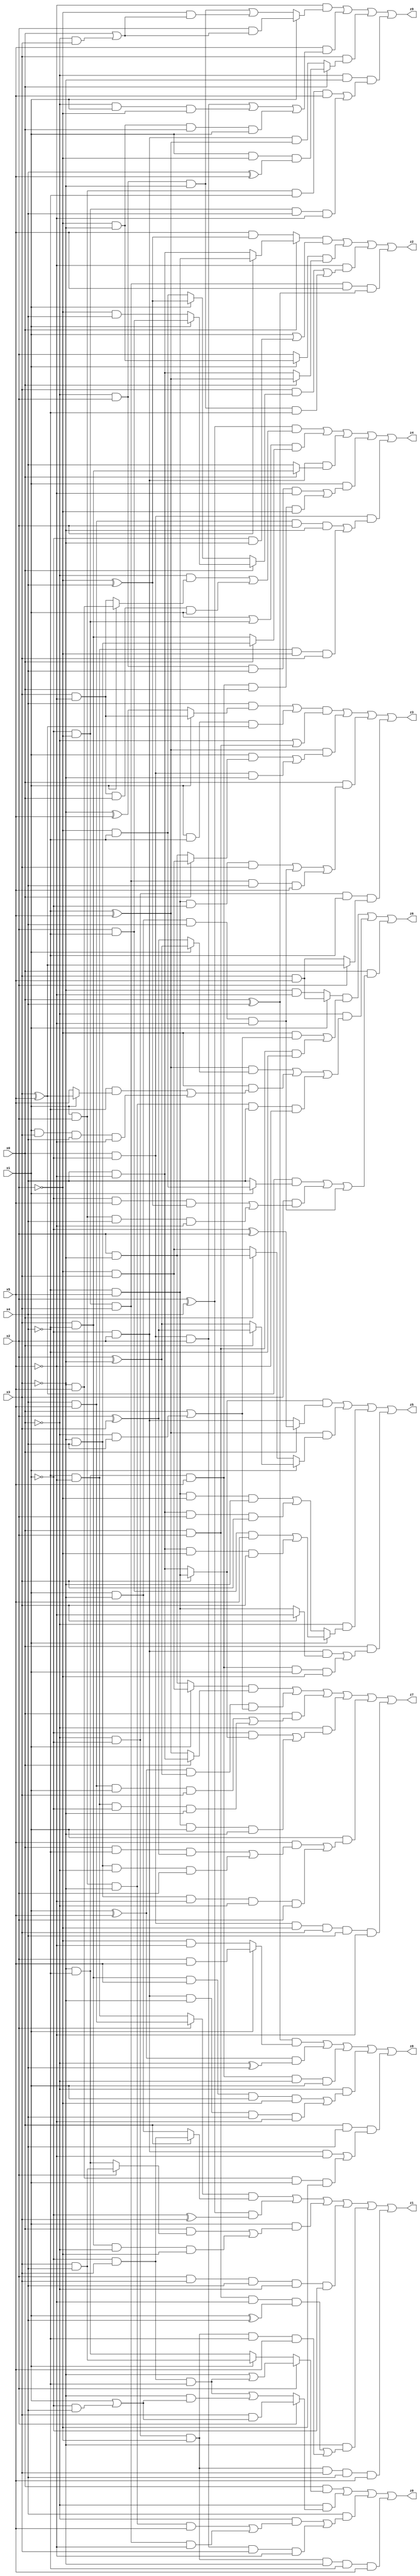
// Benchmark "X_60" written by ABC on Mon Jun 05 19:55:03 2023

module X_60 ( 
    x0, x1, x2, x3, x4, x5,
    z0, z1, z2, z3, z4, z5, z6, z7, z8, z9  );
  input  x0, x1, x2, x3, x4, x5;
  output z0, z1, z2, z3, z4, z5, z6, z7, z8, z9;
  assign z0 = (x0 & (x2 ? (~x3 | (~x1 & x3 & ~x4)) : (x1 ? (x3 & x4) : (~x3 & ~x4)))) | (~x0 & (x2 ? (x3 & (x1 | (~x1 & x4))) : ((~x1 & x3 & ~x4) | (~x3 & (x1 | (~x1 & x4)))))) | (x4 & ((~x0 & ((x1 & x2 & ~x3 & x5) | (~x1 & ~x2 & x3 & ~x5))) | (x0 & ~x1 & x2 & x3 & ~x5))) | (~x0 & ~x1 & ~x2 & ~x3 & ~x4 & x5);
  assign z1 = ((x2 ? (x4 & x5) : (~x4 & ~x5)) & (x0 ? (~x1 & x3) : (x1 & ~x3))) | ((x2 ^ x4) & (~x1 ^ x3)) | (x1 & ((x0 & (x2 ? (x3 & x4) : (~x3 & ~x4))) | (x3 & ~x4 & ~x0 & ~x2))) | (x2 & x3 & x4 & ~x0 & ~x1) | (~x3 & ((x0 & x2 & ~x5 & (x1 ^ x4)) | (~x0 & ~x1 & ~x2 & ~x4 & x5))) | (~x0 & ~x1 & ~x2 & x3 & x4 & x5);
  assign z2 = ((x0 ? (x2 ? (~x4 & x5) : (x4 & ~x5)) : (x5 & (~x2 ^ x4))) & (x1 | (~x1 & ~x3))) | ((x1 ? (~x2 & ~x3) : x2) & (x0 ? (~x4 ^ x5) : (x4 & ~x5))) | (~x5 & ((x3 & (x0 ? (x1 ? (x2 & ~x4) : (~x2 & x4)) : (x1 ? (~x2 ^ x4) : (~x2 & ~x4)))) | (~x0 & x2 & ~x3 & ~x4))) | (~x1 & ~x2 & x3 & x5 & (x0 ^ x4));
  assign z3 = (((x4 & (x1 ? (x3 & ~x5) : (~x3 ^ x5))) | (x1 & ~x4 & (x3 ^ x5))) & (~x0 | (x0 & x2))) | ((~x4 ^ x5) & ((x1 & (x0 ? (~x2 & x3) : (x2 & ~x3))) | (x0 & ~x1 & ~x3))) | (x0 & ((~x4 & x5 & ~x1 & x3) | (x1 & ~x3 & x4 & ~x5) | (~x1 & ~x2 & x3 & x4 & x5))) | (~x0 & ~x1 & ~x4 & (x2 ? (x3 ^ x5) : (x3 & x5)));
  assign z4 = ((x2 ^ x4) & ((~x0 & (x1 ? (~x3 & x5) : (x3 & ~x5))) | (x3 & ~x5 & x0 & x1))) | ((x1 | (~x1 & ~x2)) & (x0 ? (~x3 & x4) : (x3 & ~x4))) | (~x1 & x2 & (x0 ? (x3 & ~x4) : x4)) | (x1 & ((~x0 & x2 & x4 & ~x5) | (~x3 & ~x4 & x5 & x0 & ~x2))) | (x0 & ~x1 & ((x4 & x5 & x2 & ~x3) | (~x4 & ~x5 & ~x2 & x3)));
  assign z5 = ((x3 ? (~x4 & x5) : (x4 & ~x5)) & (x0 ? (~x1 ^ x2) : (~x1 & x2))) | ((~x4 ^ x5) & (x1 ? (x0 ? (x2 ^ x3) : (x2 ^ ~x3)) : (x0 ? (x2 & ~x3) : (~x2 & x3)))) | (~x0 & (x1 ? ((x2 & ~x4 & x5) | (x4 & ~x5 & ~x2 & x3)) : ((~x4 & x5 & ~x2 & ~x3) | (x4 & ~x5 & x2 & x3)))) | (x0 & ((~x1 & x2 & (x3 ? ~x5 : (~x4 & x5))) | (~x3 & ~x4 & x5 & x1 & ~x2)));
  assign z6 = ((x1 ? (x3 & x5) : (~x3 & ~x5)) & ((~x2 & (x0 | (~x0 & x4))) | (x0 & x2 & ~x4))) | (~x0 & (((~x4 ^ x5) & (x1 ? (x2 ^ ~x3) : (x2 ^ x3))) | (~x2 & ((~x4 & (x1 ? (x3 ^ x5) : x5)) | (x1 & x3 & x4 & ~x5))) | (x1 & x2 & ~x3 & x4 & ~x5))) | (x0 & (((x3 ^ x5) & (x1 ? (~x2 & ~x4) : x4)) | (x3 & ((~x1 & x5 & (~x2 ^ x4)) | (x1 & x2 & x4 & ~x5))) | (x1 & ~x3 & x4 & ~x5)));
  assign z7 = ((x1 ? (~x2 & x3) : (x2 & ~x3)) & (x0 ? (x4 & ~x5) : (~x4 ^ x5))) | ((x1 ^ x5) & (x2 ^ ~x3) & (x0 | (~x0 & x4))) | (x0 & ((x4 & x5 & x1 & x3) | (~x4 & ~x5 & ~x1 & ~x3))) | (~x0 & ((~x1 & (x3 ? (~x4 & x5) : (x4 & ~x5))) | (~x4 & x5 & x1 & ~x3))) | (x1 & ((x5 & ((x0 & ~x4 & (x2 ^ x3)) | (~x3 & x4 & ~x0 & x2))) | (~x3 & x4 & ~x5 & ~x0 & x2))) | (x0 & ~x1 & ~x2 & x3 & x4 & ~x5);
  assign z8 = ((x0 ^ x4) & (x1 ? (x2 & x5) : (~x2 & ~x5))) | ((x1 ^ x5) & (~x0 ^ x4)) | (~x3 & ~x4 & x5 & ~x0 & x1) | (~x0 & ((x3 & ~x4 & x5 & x1 & ~x2) | (~x1 & x2 & ~x3 & x4 & ~x5))) | (x0 & x4 & ((~x1 & x2 & ~x5) | (~x3 & x5 & x1 & ~x2)));
  assign z9 = (~x5 & (x1 ? (x2 & (x0 | (~x0 & x3))) : ((~x0 & x2 & ~x3) | (~x2 & (x0 | (~x0 & x3)))))) | (x5 & ((x0 & ~x1 & x2) | (~x0 & x1 & ~x2) | (~x2 & ~x3 & x0 & x1))) | (x3 & (x0 ? (x1 & ~x2 & (x4 ^ x5)) : (~x1 & x2 & (~x4 ^ x5)))) | (~x0 & ~x3 & ((x1 & x2 & ~x4 & x5) | (~x1 & ~x2 & x4 & ~x5)));
endmodule